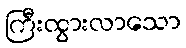
ကြီးထွားလာသော